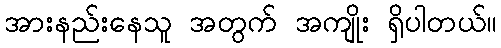
အားနည်းနေသူ အတွက် အကျိုး ရှိပါတယ်။